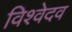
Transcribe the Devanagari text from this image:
विश्वेदव